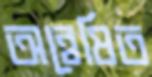
অন্বেষিত